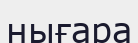
нығара